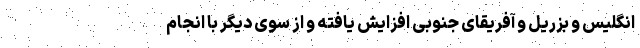
انگلیس و بزریل و آفریقای جنوبی افزایش یافته و از سوی دیگر با انجام